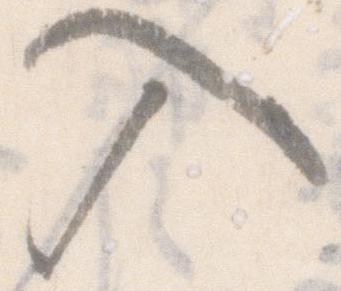
入